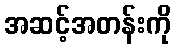
အဆင့်အတန်းကို